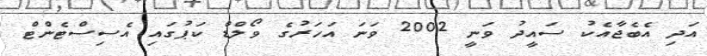
އަދި އެބެޖާއެކު ސައީދު ވަނީ 2002 ވަނަ އަހަރުގެ ވޯލްޑް ކަޕުގައި އެސިސްޓެންޓް